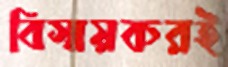
বিস্ময়করই